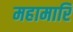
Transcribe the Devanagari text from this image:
महामारि